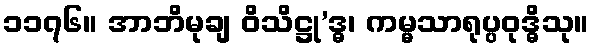
၁၁၇၆။ အာဘိမုချ ဝိသိဋ္ဌု’ဒ္ဓ၊ ကမ္မသာရုပ္ပဝုဒ္ဓိသု။